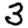
Digit: 3